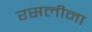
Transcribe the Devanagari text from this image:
रसलीना